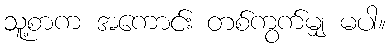
သူ့စာက အကောင်း တစ်ကွက်မျှ မပါ။